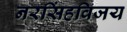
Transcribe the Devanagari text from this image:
नरसिंहविजय